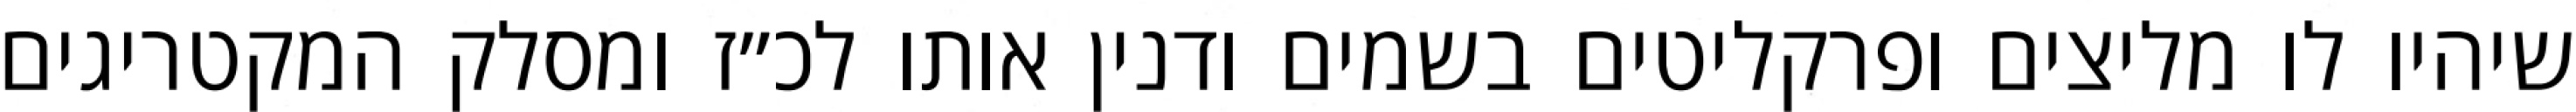
שיהיו לו מליצים ופרקליטים בשמים ודנין אותו לכ״ז ומסלק המקטריגים